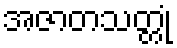
အဇာတသတ္တုံ